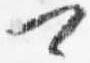
可